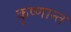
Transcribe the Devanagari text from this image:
कृष्णान्त